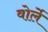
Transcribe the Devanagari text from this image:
वोर्ले